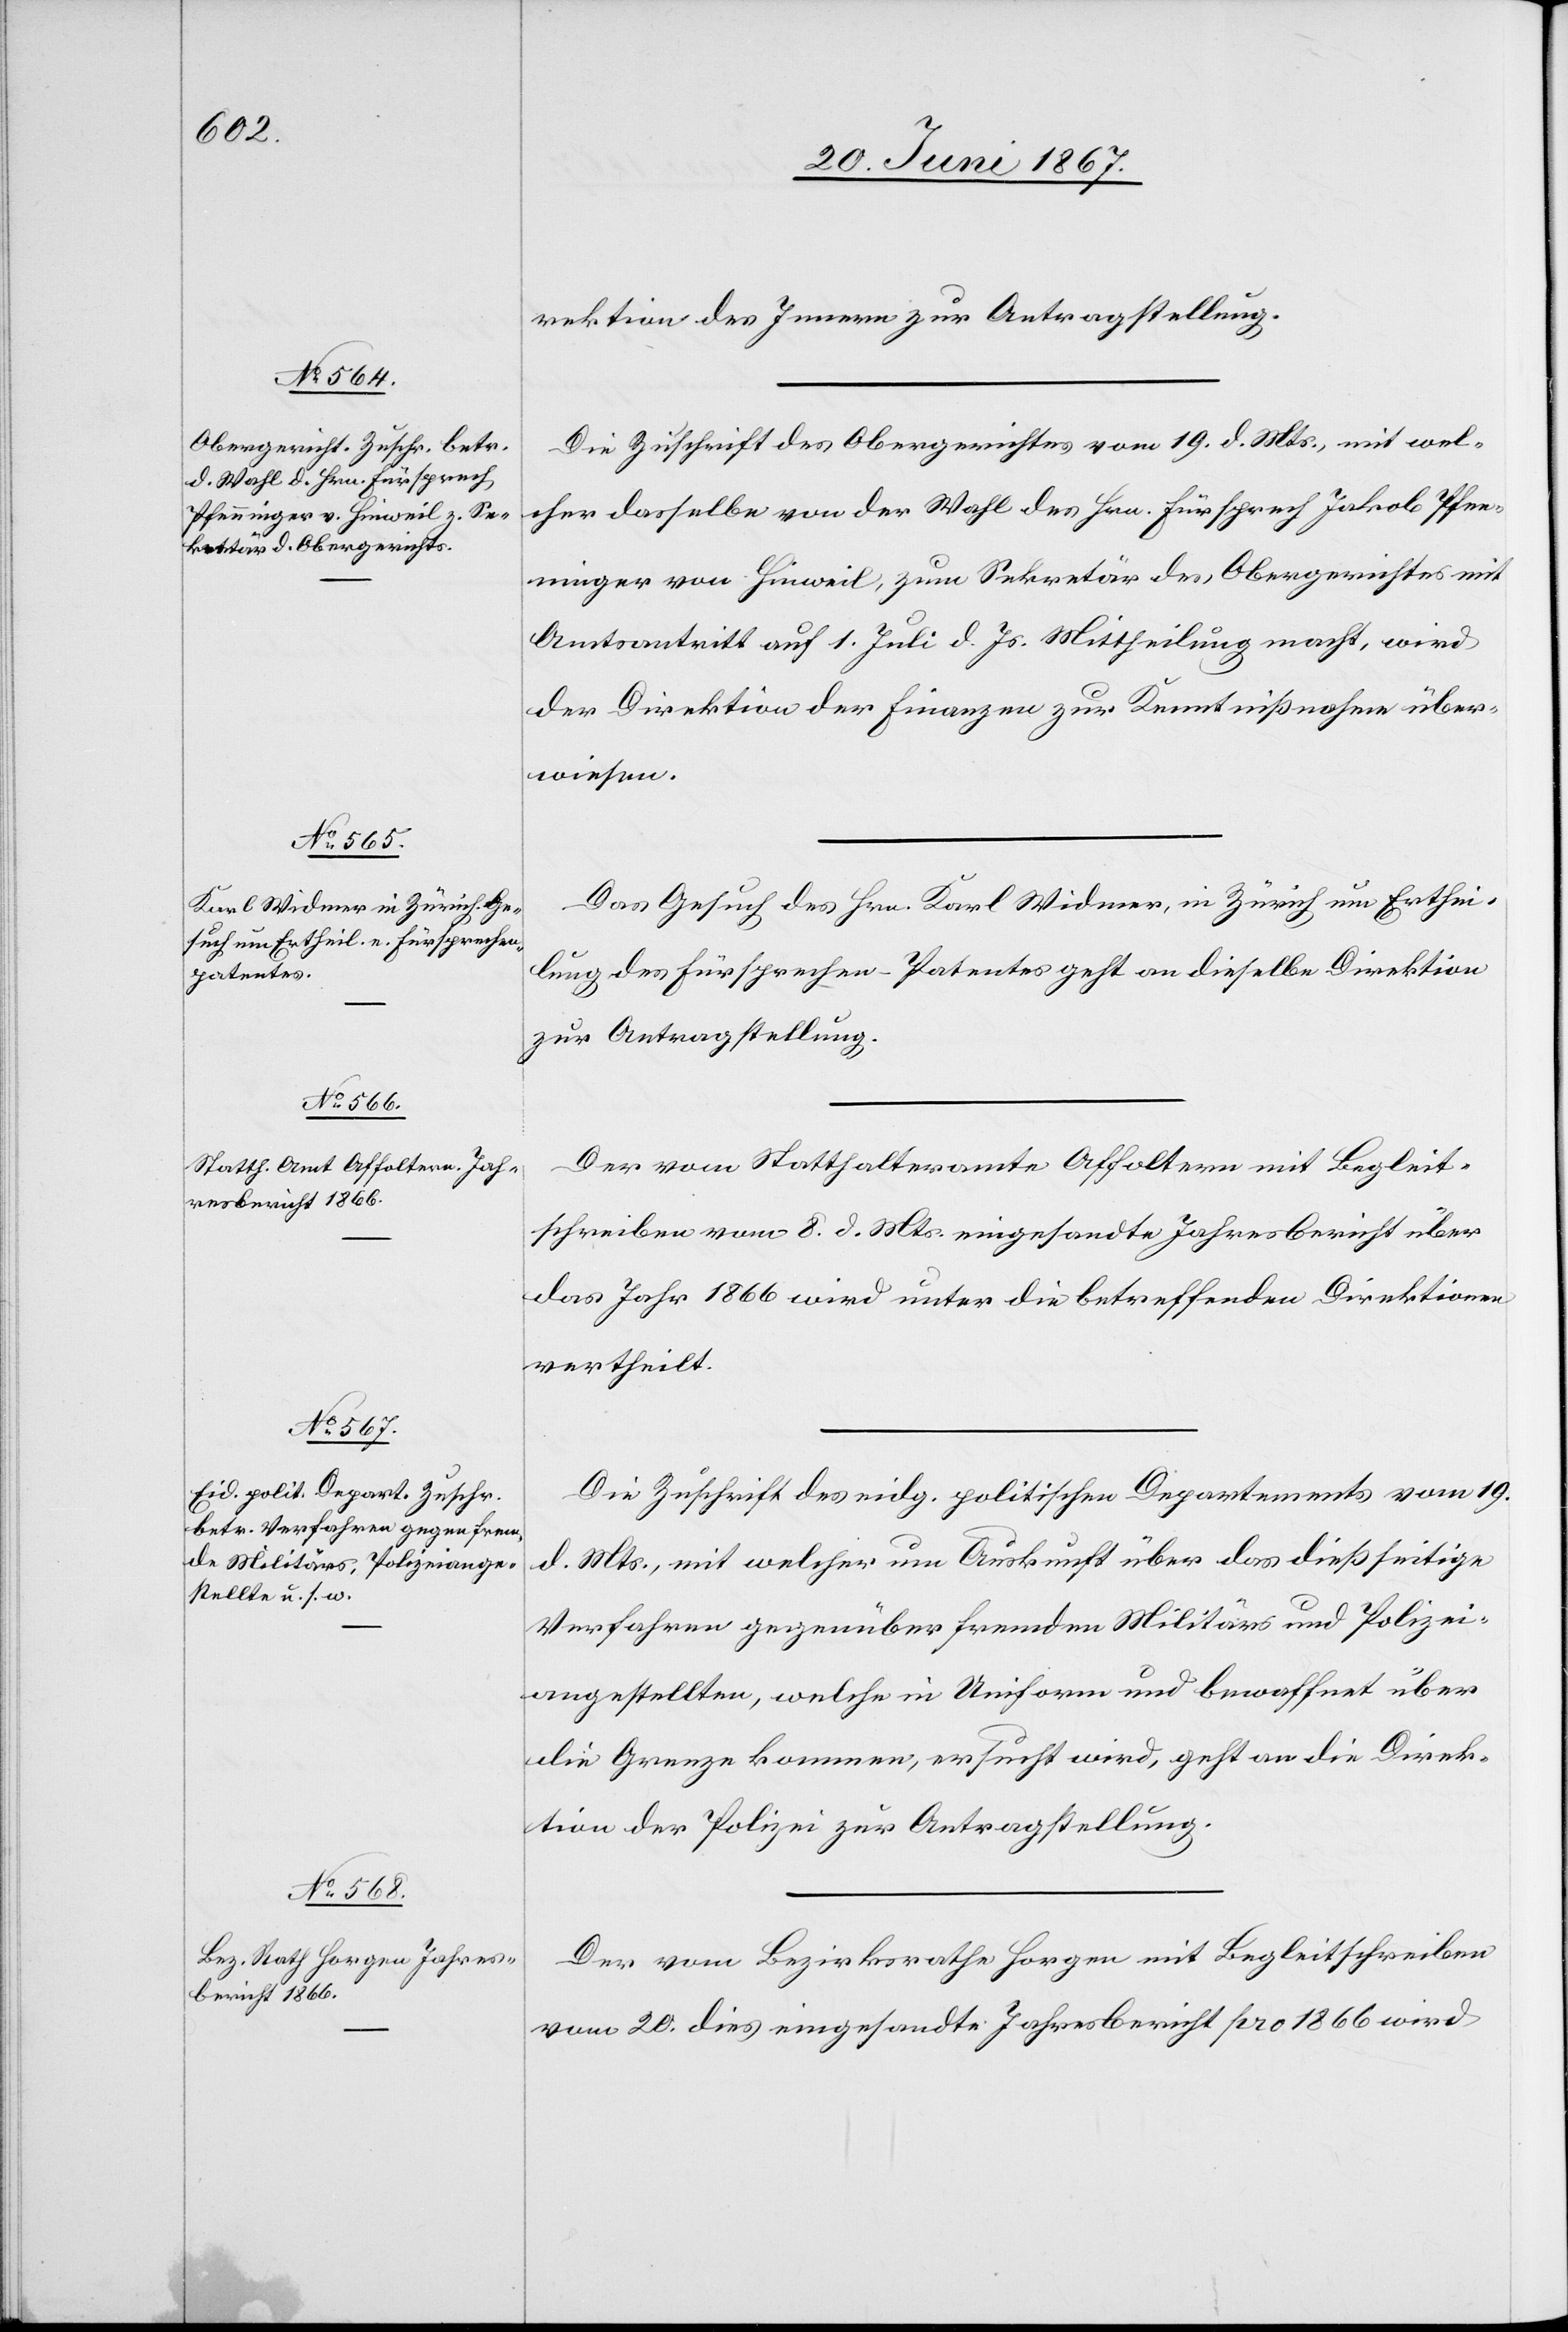
22. Juni 1867.]
rektion des Innern zur Antragstellung.
Die Zuschrift des Obergerichtes vom 19. d. Mts., mit wel¬
cher dasselbe von der Wahl des Hrn. Fürsprech Jakob Pfen¬
ninger von Hinweil, zum Sekretär des Obergerichtes mit
Amtsantritt auf 1. Juli d. Js. Mittheilung macht, wird
der Direktion der Finanzen zur Kenntnißnahme über¬
wiesen.
Das Gesuch des Hrn. Karl Widmer, in Zürich um Erthei¬
lung des Fürsprechen-Patentes an dieselbe Direktion
zur Antragstellung.
Der vom Statthalteramte Affoltern mit Begleit¬
schreiben vom 8. d. Mts. eingesandte Jahresbericht über
das Jahr 1866 wird unter die betreffenden Direktionen
vertheilt.
Die Zuschrift des eidg. politischen Departements vom 19.
d. Mts., mit welcher um Auskunft über das dießseitige
Verfahren gegenüber fremden Militärs und Polizei¬
angestellte, welche in Uniform und bewaffnet über
die Grenze kommen, ersucht wird, geht an die Direk¬
tion der Polizei zur Antragstellung.
Der vom Bezirksrathe Horgen mit Begleitschreiben
vom 20. dies eingesandte Jahresbericht pro 1866 wird